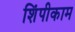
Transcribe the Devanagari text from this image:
शिंपीकाम